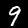
Label: 9